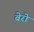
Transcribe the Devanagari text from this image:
बेरो